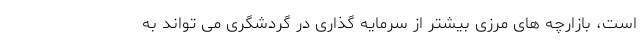
است، بازارچه های مرزی بیشتر از سرمایه گذاری در گردشگری می تواند به